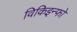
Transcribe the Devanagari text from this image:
विकिइन्फो